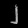
Digit: ၂